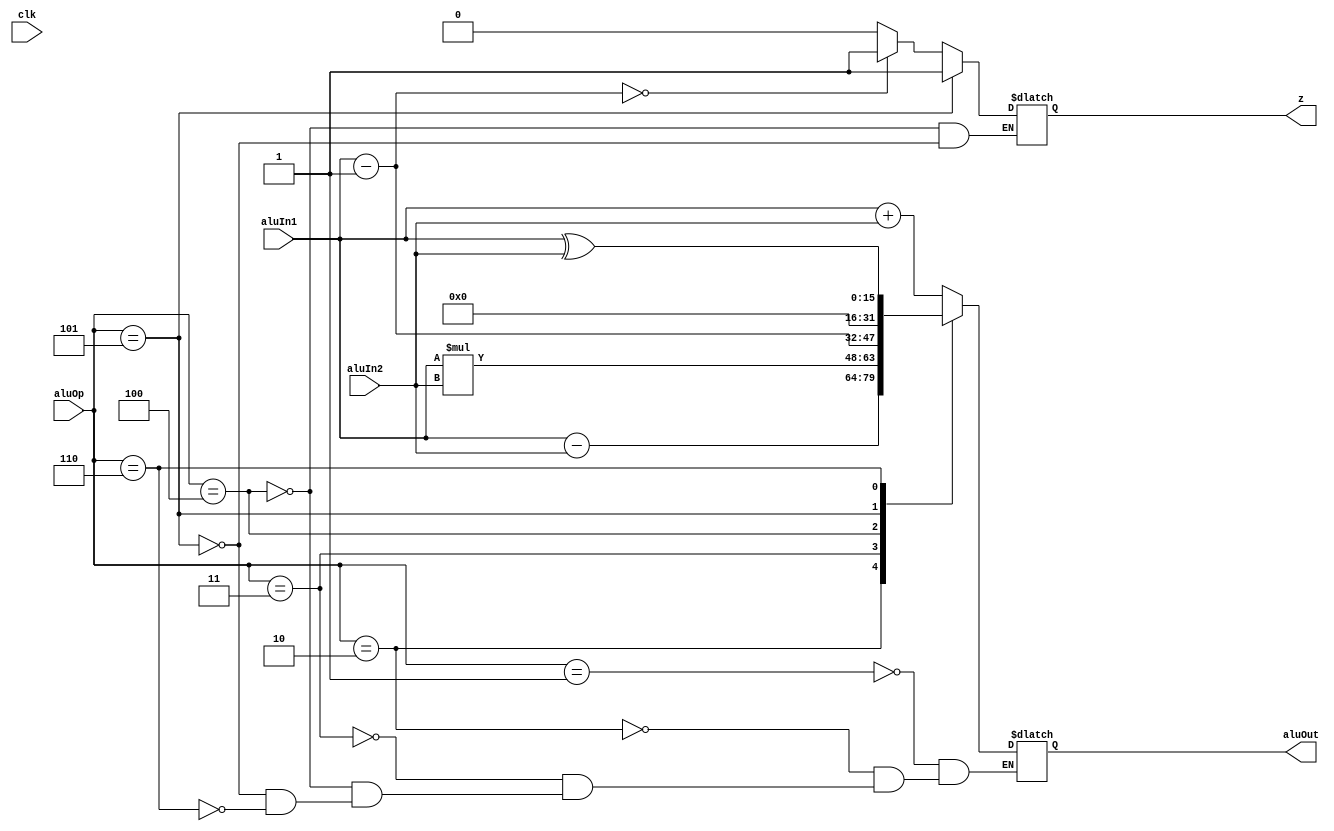
module alu
( 
	input clk,
	input [15:0] aluIn1, // aluIn1 => AC
	input [15:0] aluIn2,
	input [2:0] aluOp,
	output reg [15:0] aluOut,
	output reg z
);

always @(aluOp)//posedge clk)//aluOp)
begin
	case(aluOp)
		3'd1: aluOut <= aluIn1 + aluIn2; // AC + R
		3'd2: aluOut <= aluIn1 - aluIn2; // AC - R
		3'd3:	aluOut <= aluIn1 * aluIn2; // AC x R
		3'd4: 
		begin
		aluOut = aluIn1 - 16'b1;            // AC - 1
		if (aluOut==0)
			z <= 1'b1;
		else
			z <= 1'b0;
		end
		3'd5:	
		begin
		aluOut <= 16'b0;           // Case 0 -> 0
		z <= 1'b1;
		end
		3'd6:	aluOut <= aluIn1 ^ aluIn2; // AC ^ 1
	endcase

end

endmodule